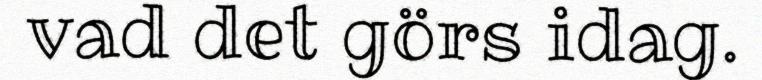
vad det görs idag.